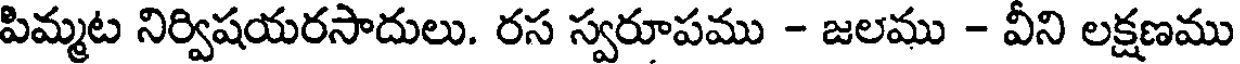
పిమ్మట నిర్విషయరసాదులు. రస స్వరూపము - జలము - వీని లక్షణము